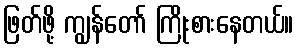
ဖြတ်ဖို့ ကျွန်တော် ကြိုးစားနေတယ်။